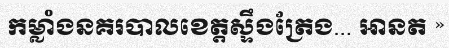
កម្លាំងនគរបាលខេត្តស្ទឹងត្រែង... អានត »